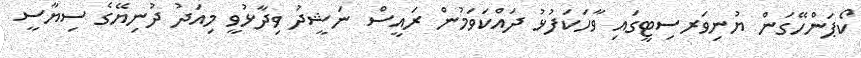
ކޯޕަންހޭގަން ޔުނިވަރސިޓީގައި ވާހަކަފުޅު ދައްކަވަމުން ރައީސް ނަޝީދު ވިދާޅުވީ މިއަދު ދުނިޔޭގެ ސިޔާސީ